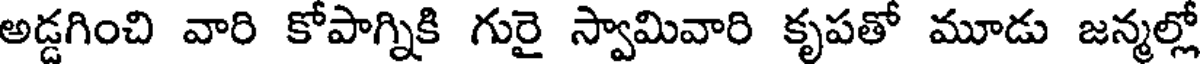
అడ్డగించి వారి కోపాగ్నికి గురై స్వామివారి కృపతో మూడు జన్మల్లో